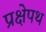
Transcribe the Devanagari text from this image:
प्रक्षेपथ